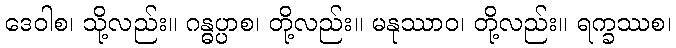
ဒေဝါစ၊ သို့လည်း။ ဂန္ဓပ္ပာစ၊ တို့လည်း။ မနုဿာဝ၊ တို့လည်း။ ရက္ခဿစ၊